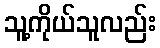
သူ့ကိုယ်သူလည်း